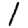
Digit: 1